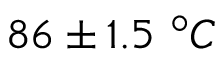
8 6 \pm 1 . 5 ~ ^ { \circ } C